Report on plague in the Punjab from October 1st ... to September 30th ..., being the ... season of plague in the province
Disease focus: Plague
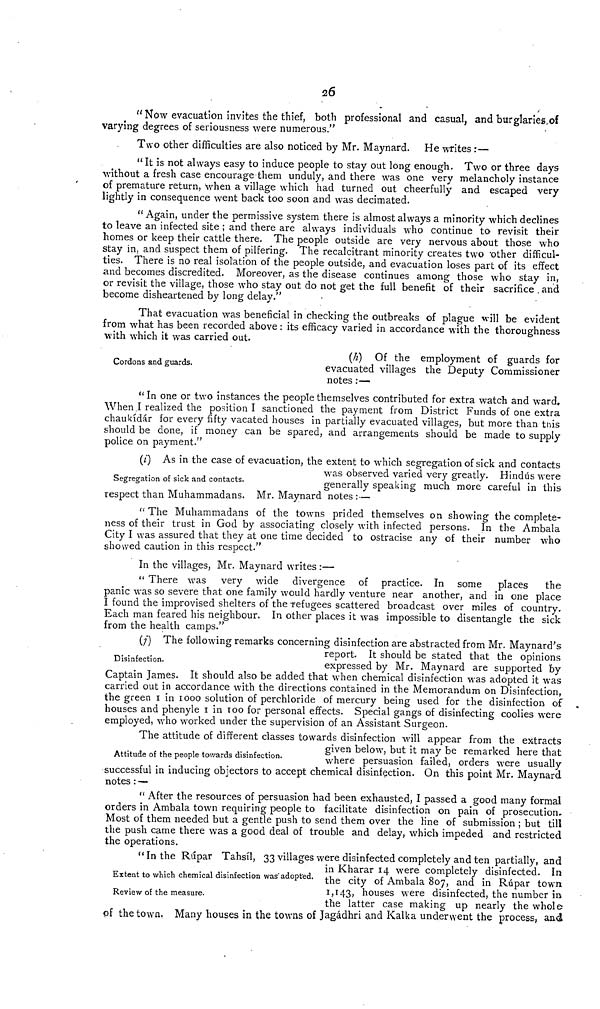
126
" Now evacuation invites the thief, both professional and casual, and burglaries..of
varying degrees of seriousness were numerous."
Two other difficulties are also noticed by Mr. Maynard. He writes :—
" It is not always easy to induce people to stay out long enough. Two or three days
without a fresh case encourage them unduly, and there was one very melancholy instance
of premature return, when a village which had turned out cheerfully and escaped very
lightly in consequence went back too soon and was decimated.
" Again, under the permissive system there is almost always a minority which declines
to leave an infected site ; and there are always individuals who continue to revisit their
homes or keep their cattle there. The people outside are very nervous about those who
stay in, and suspect them of pilfering. The recalcitrant minority creates two 'other difficul-
ties. There is no real isolation of the people outside, and evacuation loses part of its effect
and becomes discredited. Moreover, as the disease continues among those who stay in,
or revisit the village, those who stay out do not get the full benefit of their sacrifice . and
become disheartened by long delay."
That evacuation was beneficial in checking the outbreaks of plague will be evident
from what has been recorded above : its efficacy varied in accordance with the thoroughness
with which it was carried out.
Cordons and guards.
{h) Of the employment of guards for
evacuated villages the Deputy Commissioner
notes :—
" In one or two instances the people themselves contributed for extra watch and ward.
When.I realized the position I sanctioned the payment from District Funds of one extra
chaukídar for every fifty vacated houses in partially evacuated villages, but more than this
should be done, if money can be spared, and arrangements should be made to supply
police on payment-"
Segregation of sick and contacts.
(i) As in the case of evacuation, the extent to which segregation of sick and contacts
was observed varied very greatly. Hindus were
generally speaking much more careful in this
respect than Muhammadans. Mr. Maynard notes :—
" The Muhammadans of the towns prided themselves on showing the complete-
ness of their trust in God by associating closely with infected persons. In the Ambala
City I was assured that they at one time decided to ostracise any of their number who
showed caution in this respect."
In the villages, Mr. Maynard writes :—
" There was very wide divergence of practice. In some places the
panic was so severe that one family would hardly venture near another, and in one place
I found the improvised shelters of the refugees scattered broadcast over miles of country.
Each man feared his neighbour. In other places it was impossible to disentangle the sick
from the health camps."
Disinfection.
(
) The following remarks concerning disinfection are abstracted from Mr. Maynard's
report. It should be stated that the opinions
expressed by Mr. Maynard are supported by
Captain James. It should also be added that when chemical disinfection was adopted it was
carried out in accordance with the directions contained in the Memorandum on Disinfection,
the green in 1000 solution of perchloride of mercury being used for the disinfection of
houses and phenyle I in TOO for personal effects. Special gangs of disinfecting coolies were
employed, who worked under the supervision of an Assistant Surgeon.
Attitude of the people towards disinfection.
The attitude of different classes towards disintection will appear from the extracts
given below, but it may be remarked here that
where persuasion failed, orders were usually
successful in inducing objectors to accept chemical disinfection. On this point Mr. Maynard
notes : —
" After the resources of persuasion had been exhausted, I passed a good many formal
orders in Ambala town requiring people to facilitate disinfection on pain of prosecution.
Most of them needed but a gentle push to send them over the line of submission ; but till
the push came there was a good deal of trouble and delay, which impeded and restricted
the operations.
Extent to which chemical disinfection was 'adopted.
Review of the measure.
" In the Rupar Tahsil, 33 villages were disinfected completelv and ten oartially. and
in Kharar 14 were completely disinfected. In
the city of Ambala 807, and in Rúpar town
1,143, houses were disinfected, the number in
the latter case making up nearly the whole
of the town. Many houses in the towns of Jagádhri and Kalka underwent the process, and